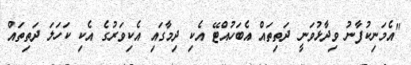
"އެމަނިކުފާނު ވިދާޅުވަނީ ދަތިތައް އެބަހުއްޓޭ އެކި ދިމާގައި އެކިވަރުގެ އެކި ކަހަލަ ދަތިތައް